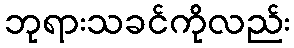
ဘုရားသခင်ကိုလည်း